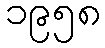
၁၉၅၈